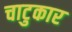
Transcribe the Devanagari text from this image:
चाटुकार